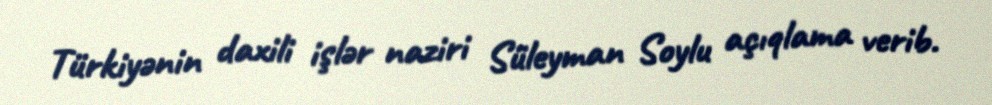
Türkiyənin daxili işlər naziri Süleyman Soylu açıqlama verib.